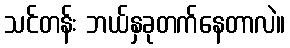
သင်တန်း ဘယ်နှခုတက်နေတာလဲ။